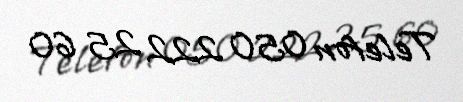
Telefon 050 222 25 60